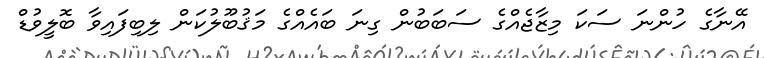
އޭނާގެ ހުންނަ ސަކަ މިޒާޖެއްގެ ސަބަބުން ގިނަ ބައެއްގެ މަޤުބޫލުކަން ލިބިފައިވާ ބޮލީވުޑް